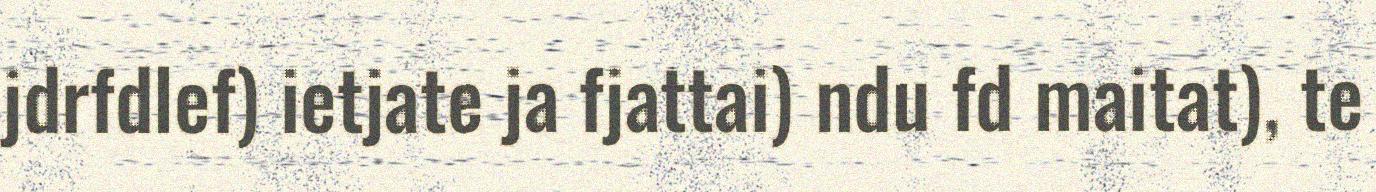
jdrfdlef) ietjate ja fjattai) ndu fd maitat), te